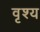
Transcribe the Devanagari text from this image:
वृश्य